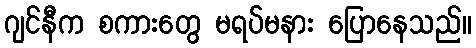
ဂျင်နီက စကားတွေ မရပ်မနား ပြောနေသည်။